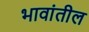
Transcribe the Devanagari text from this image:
भावांतील